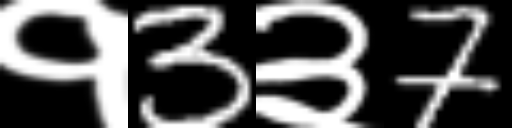
Text: १3३7